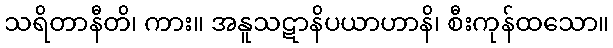
သရိတာနီတိ၊ ကား။ အနူသဋာနိပယာဟာနိ၊ စီးကုန်ထသော။